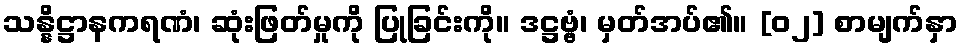
သန္နိဋ္ဌာနကရဏံ၊ ဆုံးဖြတ်မှုကို ပြုခြင်းကို။ ဒဋ္ဌဗ္ဗံ၊ မှတ်အပ်၏။ [၀၂] စာမျက်နှာ